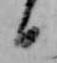
日